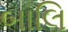
બાલિ